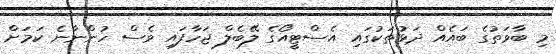
މި ބާވަތުގެ ބައެއް ދަޅުތަކުގައި އެސްޓީއޯގެ ލޭބެލް ޖަހާފައި ވެސް ހުންނާނެ ކަމަށް